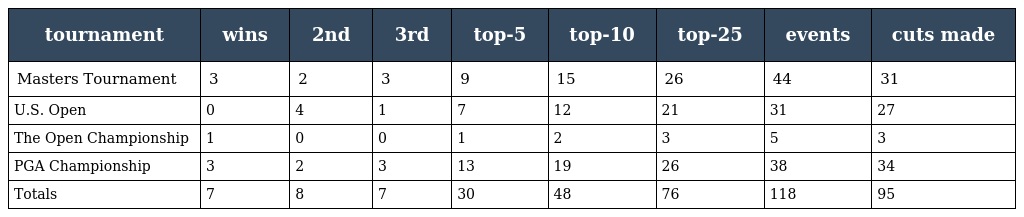
| tournament | wins | 2nd | 3rd | top-5 | top-10 | top-25 | events | cuts made |
 | --- | --- | --- | --- | --- | --- | --- | --- | --- |
 | Masters Tournament | 3 | 2 | 3 | 9 | 15 | 26 | 44 | 31 |
 | U.S. Open | 0 | 4 | 1 | 7 | 12 | 21 | 31 | 27 |
 | The Open Championship | 1 | 0 | 0 | 1 | 2 | 3 | 5 | 3 |
 | PGA Championship | 3 | 2 | 3 | 13 | 19 | 26 | 38 | 34 |
 | Totals | 7 | 8 | 7 | 30 | 48 | 76 | 118 | 95 |